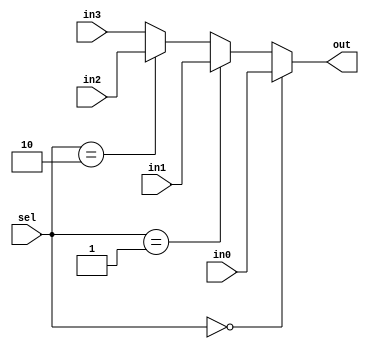
`timescale 1ns / 1ns

module mux4
(
	input [1:0] sel,
	input [15:0] in2,
	input [15:0] in1,
	input [15:0] in0,
	input [15:0] in3,
	output wire [15:0] out
);

assign out = (sel==0) ? in0 :
				 (sel==1) ? in1 :
				 (sel==2) ? in2 :
				 in3;

endmodule